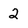
Character: 2